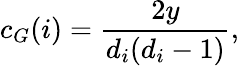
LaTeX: c_{G}(i)=\frac{2y}{d_{i}(d_{i}-1)},